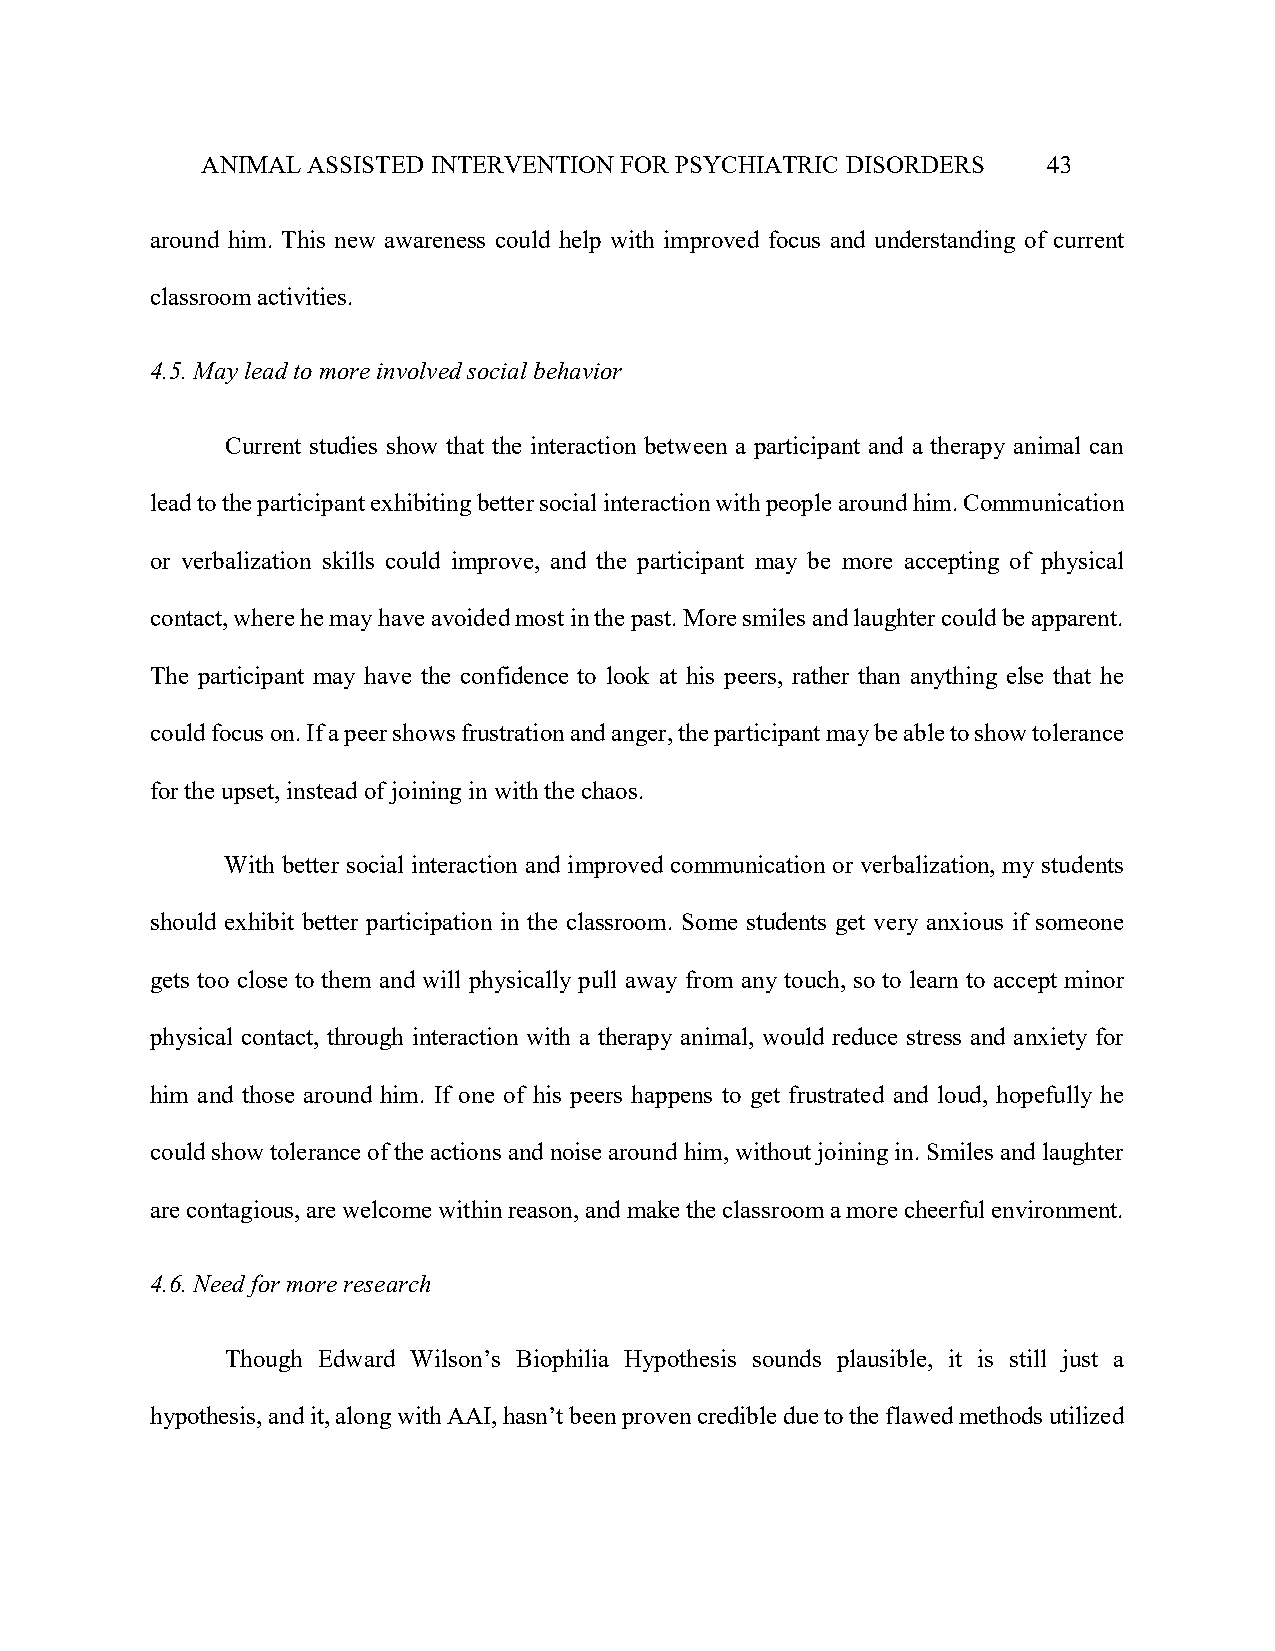
ANIMAL ASSISTED INTERVENTION FOR PSYCHIATRIC DISORDERS  43
 around him. This new awareness could help with improved focus and understanding of current
 classroom activities.
 4.5. May lead to more involved social behavior
 Current studies show that the interaction between a participant and a therapy animal can
 lead to the participant exhibiting better social interaction with people around him. Communication
 or verbalization skills could improve, and the participant may be more accepting of physical
 contact, where he may have avoided most in the past. More smiles and laughter could be apparent.
 The participant may have the confidence to look at his peers, rather than anything else that he
 could focus on. If a peer shows frustration and anger, the participant may be able to show tolerance
 for the upset, instead of joining in with the chaos.
 With better social interaction and improved communication or verbalization, my students
 should exhibit better participation in the classroom. Some students get very anxious if someone
 gets too close to them and will physically pull away from any touch, so to learn to accept minor
 physical contact, through interaction with a therapy animal, would reduce stress and anxiety for
 him and those around him. If one of his peers happens to get frustrated and loud, hopefully he
 could show tolerance of the actions and noise around him, without joining in. Smiles and laughter
 are contagious, are welcome within reason, and make the classroom a more cheerful environment.
 4.6. Need for more research
 Though Edward Wilson’s Biophilia Hypothesis sounds plausible, it is still just a
 hypothesis, and it, along with AAI, hasn’t been proven credible due to the flawed methods utilized